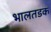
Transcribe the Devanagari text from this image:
भालतडक